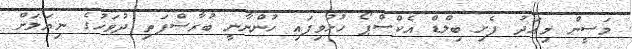
މަސީން މިއަދު ފެށި ބިލްޑް އެކްސްޕޯ ހުޅުވިފައި ހުންނާނީ ބުރާސްފަތި ދުވަހުގެ ނިޔަލަށް